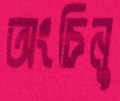
অংচিনু